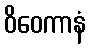
ဝိဝေကာနံ